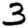
Digit: 3